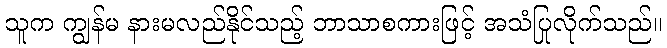
သူက ကျွန်မ နားမလည်နိုင်သည့် ဘာသာစကားဖြင့် အသံပြုလိုက်သည်။